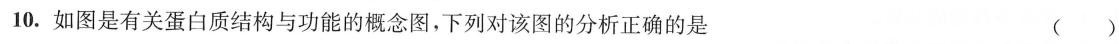
10.如图是有关蛋白质结构与功能的概念图，下列对该图的分析正确的是 ()